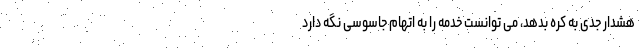
هشدار جدی به کره بدهد، می توانست خدمه را به اتهام جاسوسی نگه دارد